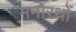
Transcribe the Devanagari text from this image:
मनोरथों